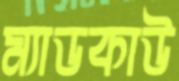
ম্যাডকাউ